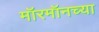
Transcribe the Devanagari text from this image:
मॉरमॉनच्या